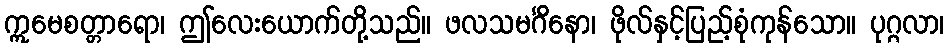
ဣမေစတ္တာရော၊ ဤလေးယောက်တို့သည်။ ဖလသမင်္ဂိနော၊ ဖိုလ်နှင့်ပြည့်စုံကုန်သော။ ပုဂ္ဂလာ၊